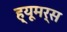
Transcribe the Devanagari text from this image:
ह्यूमर्स